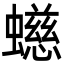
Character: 䗹